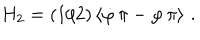
H _ { 2 } = ( 1 / 2 ) \left\langle \dot { \varphi } \, \pi - \varphi \, \dot { \pi } \right\rangle \, .